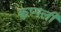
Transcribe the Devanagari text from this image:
कुप्पली